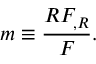
m \equiv { \frac { R F _ { , R } } { F } } .